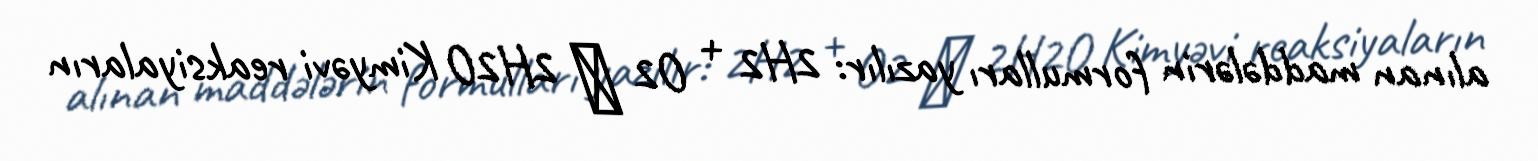
alınan maddələrin formulları yazılır: 2H2 + O2 → 2H2O Kimyəvi reaksiyaların